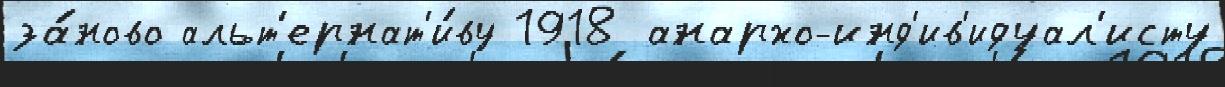
за́ново альт'ернат'и́ву 1918 анархо-инд'ив'идуал'исту